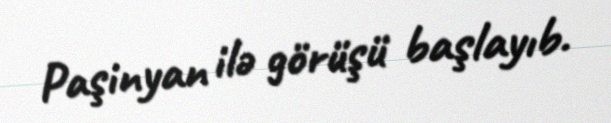
Paşinyan ilə görüşü başlayıb.